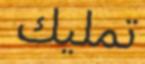
تمليك